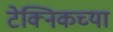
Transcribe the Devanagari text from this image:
टेक्निकच्या